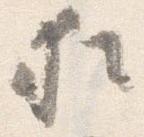
猶